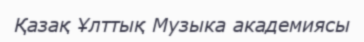
Қазақ Ұлттық Музыка академиясы